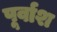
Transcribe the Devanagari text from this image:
पूर्वाश